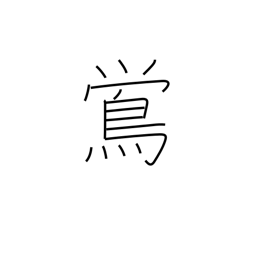
Meaning: nightingale